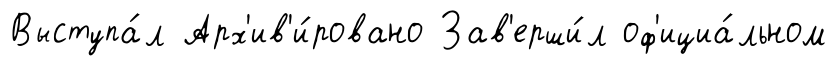
Выступа́л Арх'ив'и́ровано Зав'ерши́л оф'ициа́льном